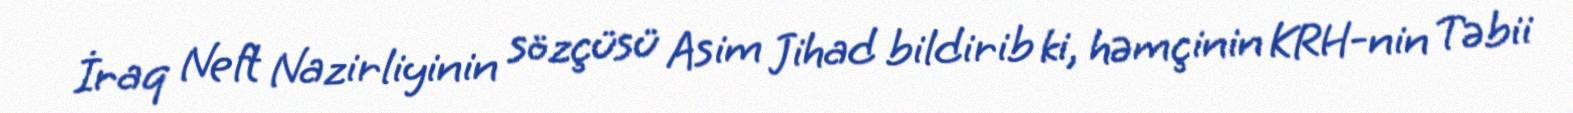
İraq Neft Nazirliyinin sözçüsü Asim Jihad bildirib ki, həmçinin KRH-nin Təbii